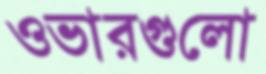
ওভারগুলো